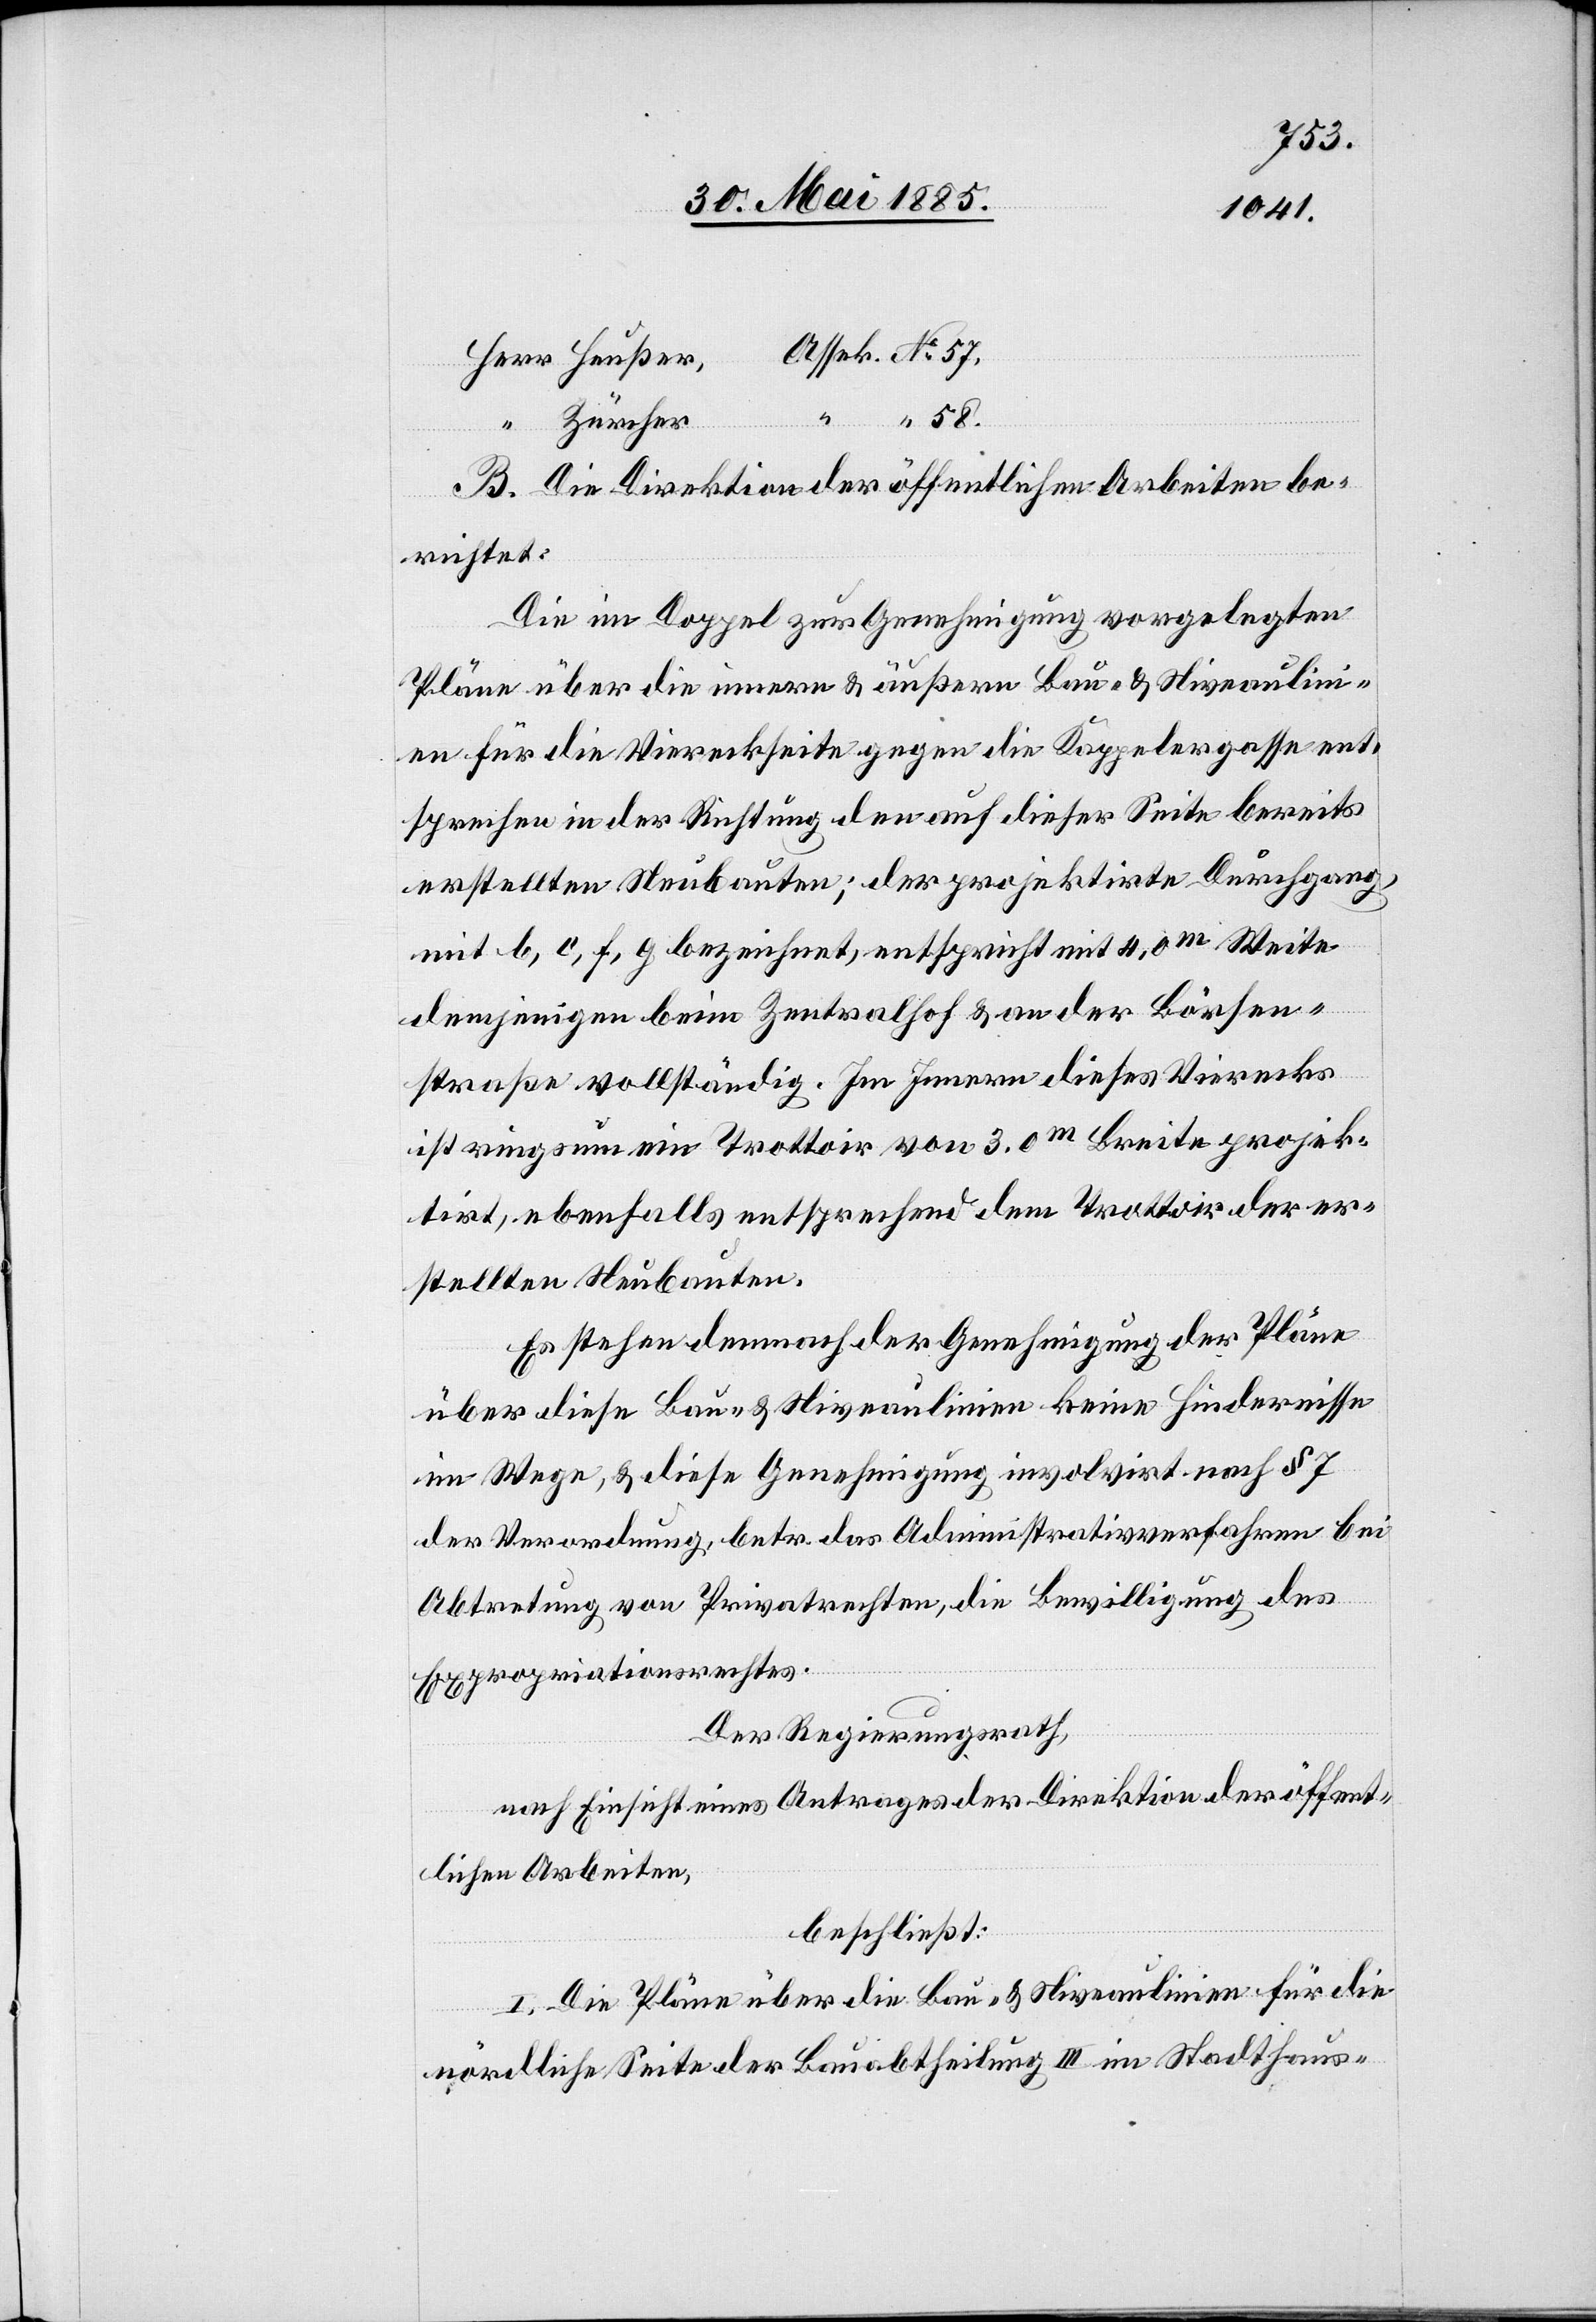
Zürcher
58.
B. Die Direktion der öffentlichen Arbeiten be¬
richtet:
Die im Doppel zur Genehmigung vorgelegten
Pläne über die innern & äußern Bau- & Niveaulini¬
en für die Viereckseite gegen die Kappelergasse ent¬
sprechen in der Richtung den auf dieser Seite bereits
erstellten Neubauten; der projektirte Durchgang
mit b, c, f, g bezeichnet, entspricht mit 4,0 m Weite
demjenigen beim Zentralhof & an der Börsen¬
straße vollständig. Im Innern dieses Vierecks
ist ringsum ein Trottoir von 3.0 m Breite projek¬
tirt, ebenfalls entsprechend dem Trottoir der er¬
stellten Neubauten.
Es stehen demnach der Genehmigung der Pläne
über diese Bau- & Niveaulinien keine Hindernisse
im Wege, & diese Genehmigung involviert nach § 7
der Verordnung betr. das Administrativverfahren bei
Abtretung von Privatrechten, die Bewilligung des
Expropriationsrechtes.
Der Regierungsrath,
nach Einsicht eines Antrages der Direktion der öffent¬
lichen Arbeiten,
beschließt:
I. Die Pläne über die Bau- & Niveaulinien für die
“
nördliche Seite der Bauabtheilung III im Stadthaus-